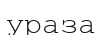
ураза